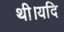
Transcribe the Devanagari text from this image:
थी।यदि